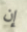
إن